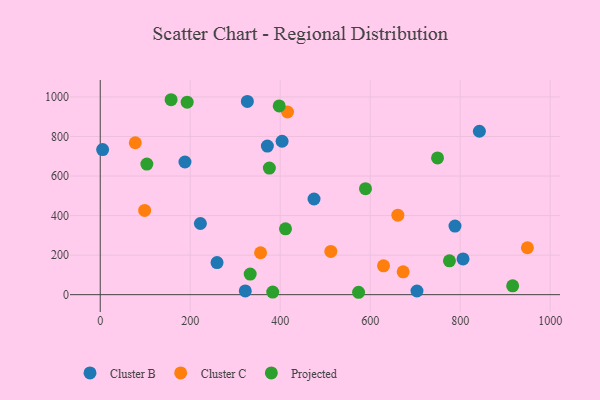
{"axis": {"x": "Engine Size", "y": "Salary"}, "legend": ["Cluster B", "Cluster C", "Projected"], "data": [{"x": "5.3", "y": 733.7, "type": "Cluster B"}, {"x": "188.3", "y": 670.9, "type": "Cluster B"}, {"x": "806.4", "y": 180.6, "type": "Cluster B"}, {"x": "842.7", "y": 826.4, "type": "Cluster B"}, {"x": "259.6", "y": 162.1, "type": "Cluster B"}, {"x": "371.5", "y": 751.3, "type": "Cluster B"}, {"x": "327.0", "y": 977.5, "type": "Cluster B"}, {"x": "322.4", "y": 19.1, "type": "Cluster B"}, {"x": "704.0", "y": 18.5, "type": "Cluster B"}, {"x": "788.5", "y": 347.0, "type": "Cluster B"}, {"x": "222.6", "y": 359.8, "type": "Cluster B"}, {"x": "404.2", "y": 776.0, "type": "Cluster B"}, {"x": "475.2", "y": 483.8, "type": "Cluster B"}, {"x": "416.3", "y": 923.8, "type": "Cluster C"}, {"x": "673.3", "y": 115.5, "type": "Cluster C"}, {"x": "512.5", "y": 218.8, "type": "Cluster C"}, {"x": "356.4", "y": 212.0, "type": "Cluster C"}, {"x": "629.6", "y": 146.0, "type": "Cluster C"}, {"x": "949.4", "y": 237.4, "type": "Cluster C"}, {"x": "98.7", "y": 425.8, "type": "Cluster C"}, {"x": "661.5", "y": 401.9, "type": "Cluster C"}, {"x": "77.9", "y": 768.4, "type": "Cluster C"}, {"x": "333.3", "y": 104.1, "type": "Projected"}, {"x": "916.7", "y": 44.8, "type": "Projected"}, {"x": "411.8", "y": 333.2, "type": "Projected"}, {"x": "157.5", "y": 985.9, "type": "Projected"}, {"x": "193.2", "y": 973.5, "type": "Projected"}, {"x": "589.6", "y": 535.9, "type": "Projected"}, {"x": "103.6", "y": 660.3, "type": "Projected"}, {"x": "776.2", "y": 171.1, "type": "Projected"}, {"x": "574.2", "y": 12.1, "type": "Projected"}, {"x": "375.9", "y": 640.0, "type": "Projected"}, {"x": "749.7", "y": 691.7, "type": "Projected"}, {"x": "397.8", "y": 954.5, "type": "Projected"}, {"x": "383.4", "y": 13.0, "type": "Projected"}]}